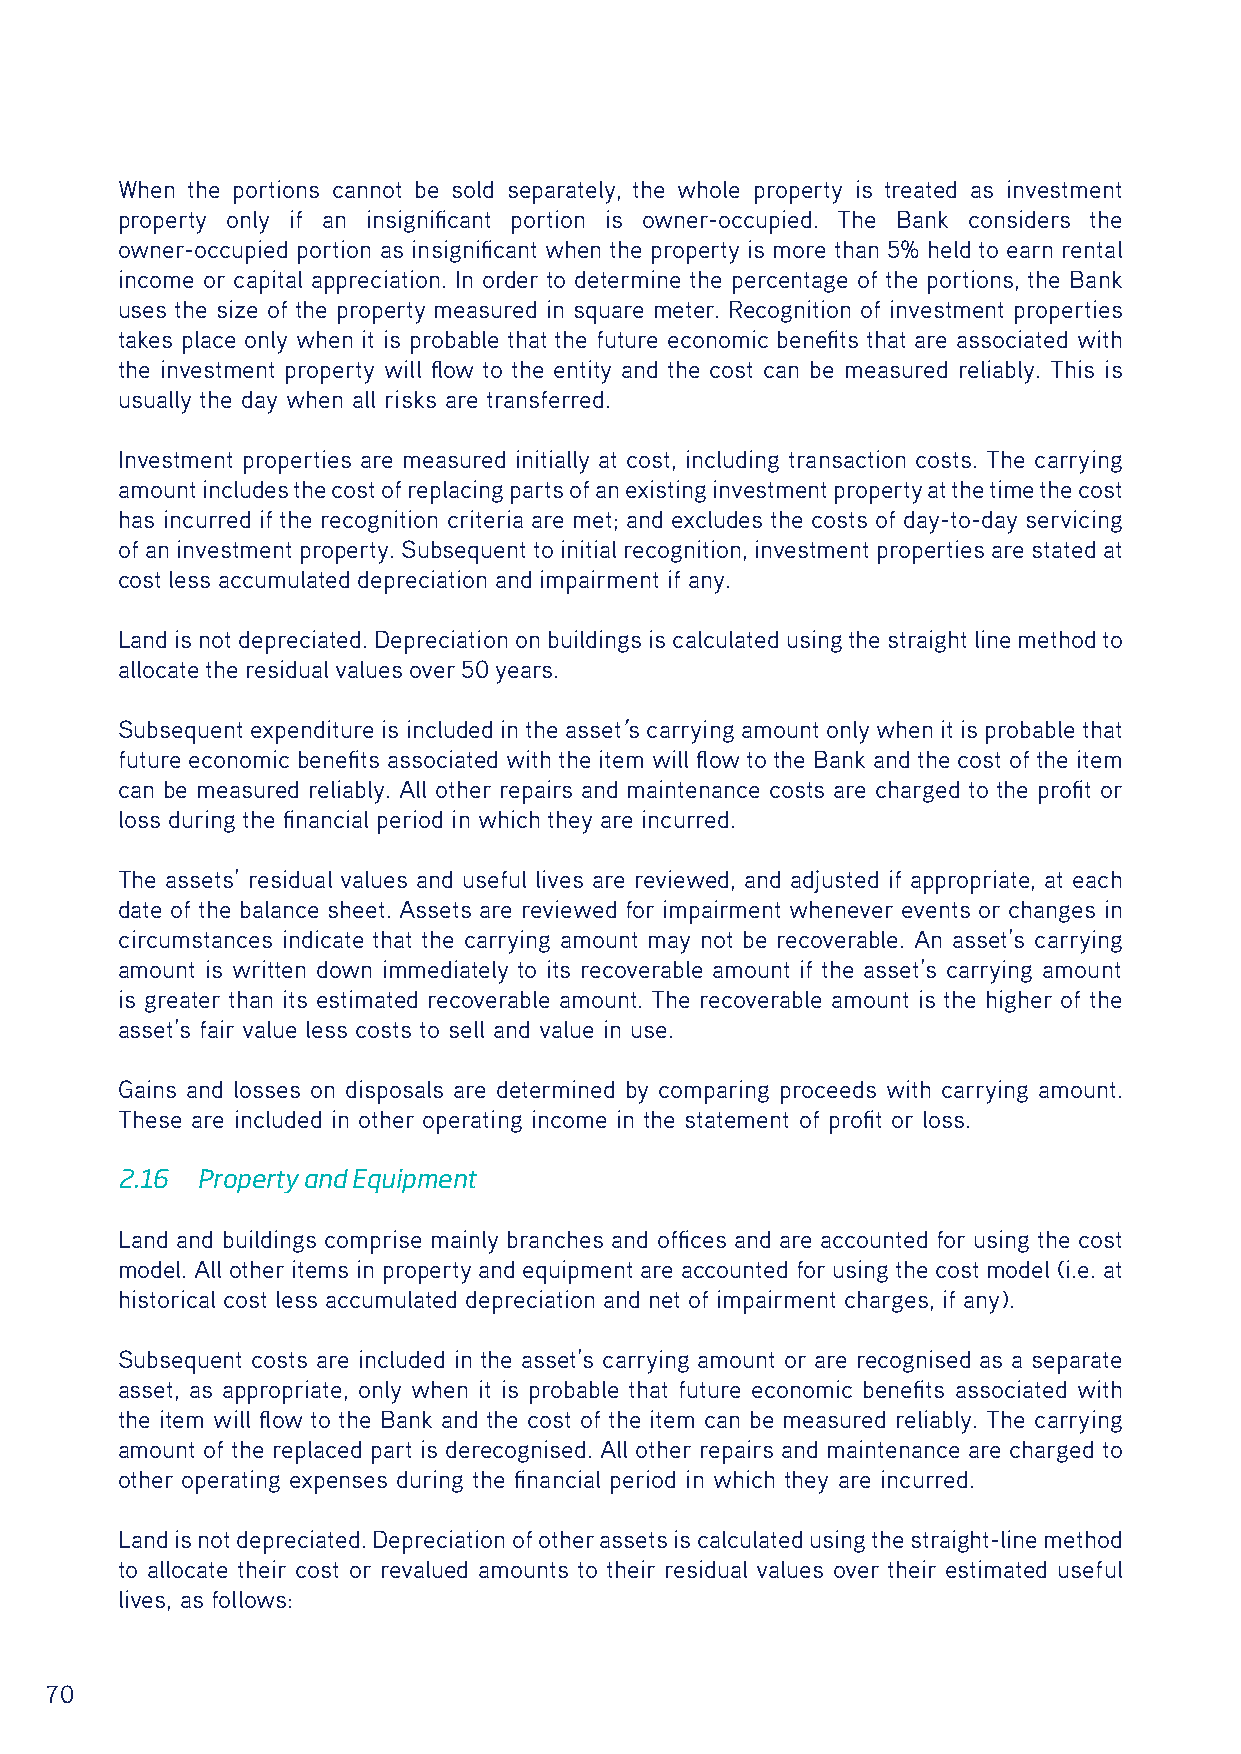
When the portions cannot be sold separately, the whole property is treated as investment
 property only if an insignificant portion is owner-occupied. The Bank considers the
 owner-occupied portion as insignificant when the property is more than 5% held to earn rental
 income or capital appreciation. In order to determine the percentage of the portions, the Bank
 uses the size of the property measured in square meter. Recognition of investment properties
 takes place only when it is probable that the future economic benefits that are associated with
 the investment property will flow to the entity and the cost can be measured reliably. This is
 usually the day when all risks are transferred.
 Investment properties are measured initially at cost, including transaction costs. The carrying
 amount includes the cost of replacing parts of an existing investment property at the time the cost
 has incurred if the recognition criteria are met; and excludes the costs of day-to-day servicing
 of an investment property. Subsequent to initial recognition, investment properties are stated at
 cost less accumulated depreciation and impairment if any.
 Land is not depreciated. Depreciation on buildings is calculated using the straight line method to
 allocate the residual values over 50 years.
 Subsequent expenditure is included in the asset’s carrying amount only when it is probable that
 future economic benefits associated with the item will flow to the Bank and the cost of the item
 can be measured reliably. All other repairs and maintenance costs are charged to the profit or
 loss during the financial period in which they are incurred.
 The assets’ residual values and useful lives are reviewed, and adjusted if appropriate, at each
 date of the balance sheet. Assets are reviewed for impairment whenever events or changes in
 circumstances indicate that the carrying amount may not be recoverable. An asset’s carrying
 amount is written down immediately to its recoverable amount if the asset’s carrying amount
 is greater than its estimated recoverable amount. The recoverable amount is the higher of the
 asset’s fair value less costs to sell and value in use.
 Gains and losses on disposals are determined by comparing proceeds with carrying amount.
 These are included in other operating income in the statement of profit or loss.
 2.16 Property and Equipment
 Land and buildings comprise mainly branches and offices and are accounted for using the cost
 model. All other items in property and equipment are accounted for using the cost model (i.e. at
 historical cost less accumulated depreciation and net of impairment charges, if any).
 Subsequent costs are included in the asset’s carrying amount or are recognised as a separate
 asset, as appropriate, only when it is probable that future economic benefits associated with
 the item will flow to the Bank and the cost of the item can be measured reliably. The carrying
 amount of the replaced part is derecognised. All other repairs and maintenance are charged to
 other operating expenses during the financial period in which they are incurred.
 Land is not depreciated. Depreciation of other assets is calculated using the straight-line method
 to allocate their cost or revalued amounts to their residual values over their estimated useful
 lives, as follows:
 70